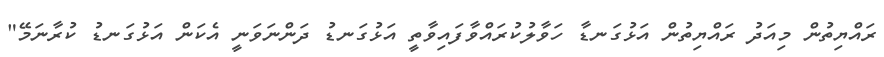
ރައްޔިތުން މިއަދު ރައްޔިތުން އަޅުގަނޑާ ހަވާލުކުރައްވާފައިވާތީ އަޅުގަނޑު ދަންނަވަނީ އެކަން އަޅުގަނޑު ކުރާނަމޭ"